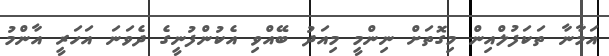
އަމާނާ ތަކަފުލްއިން މިގޮތަށް ނިންމީ މިއަދު ބޭއްވި އެކުންފުނީގެ ދެވަނަ އަހަރީ އާންމު